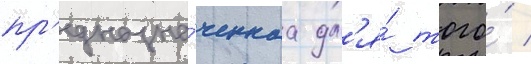
пр'едназна́ченнаа дл'я́ того́ /